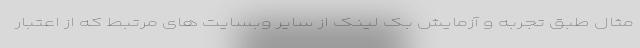
مثال طبق تجربه و آزمایش بک لینک از سایر وبسایت های مرتبط که از اعتبار